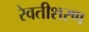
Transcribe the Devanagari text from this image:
रेवतीशरण